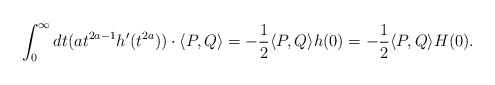
\begin{align*}\int_{0}^\infty dt (at^{2a-1} h'(t^{2a})) \cdot \langle P, Q \rangle= - \frac{1}{2} \langle P, Q \rangle h(0) = -\frac{1}{2} \langle P, Q \rangle H(0). \end{align*}